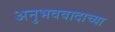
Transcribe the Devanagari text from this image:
अनुभववादाच्या